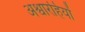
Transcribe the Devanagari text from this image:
अश्वारहियों